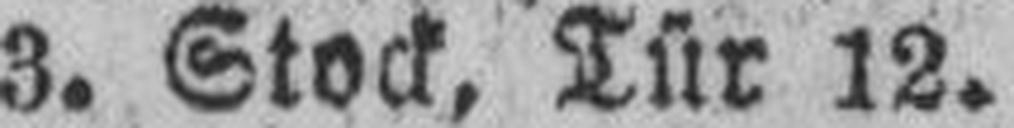
3. Stock, Tür 12.